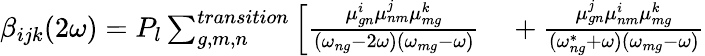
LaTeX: \begin{array}{rl}{\beta_{ijk}(2\omega)=P_{l}\sum_{g,m,n}^{transition}\Big[\frac{\mu_{gn}^{i}\mu_{nm}^{j}\mu_{mg}^{k}}{(\omega_{ng}-2\omega)(\omega_{mg}-\omega)}}&{{}+\frac{\mu_{gn}^{j}\mu_{nm}^{i}\mu_{mg}^{k}}{(\omega_{ng}^{*}+\omega)(\omega_{mg}-\omega)}}\end{array}